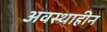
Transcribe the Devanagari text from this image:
अवस्थाहीन